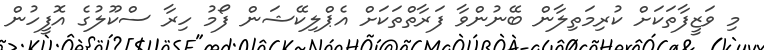
މި ވަޒީފާތަކަށް ކުރިމަތިލާން ބޭނުންވާ ފަރާތްތަކަށް އެޕްލިކޭޝަން ފޯމު ހިރާ ސްކޫލުގެ އޮފީހުން